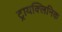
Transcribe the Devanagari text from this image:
ट्रायक्लिनिक